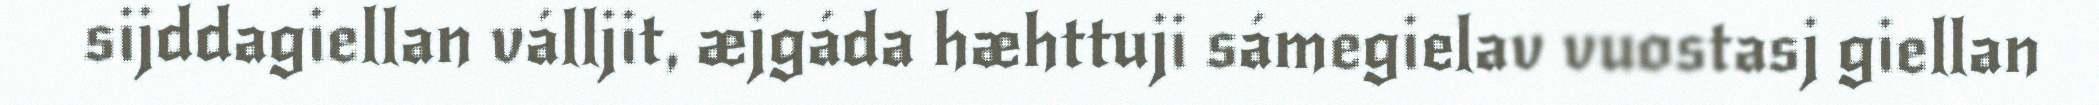
sijddagiellan válljit, æjgáda hæhttuji sámegielav vuostasj giellan